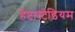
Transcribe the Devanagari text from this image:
हेप्टास्टेडियम